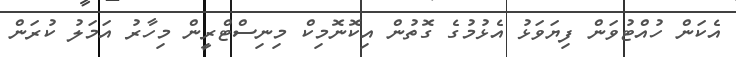
އެކަން ހުއްޓުވަން ފިޔަވަޅު އެޅުމުގެ ގޮތުން އިކޮނޮމިކް މިނިސްޓްރީން މިހާރު އަމަލު ކުރަން